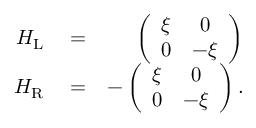
\begin{array} { r l r } { H _ { \mathrm { L } } } & { { } = } & { \left( \begin{array} { c c } { \xi } & { 0 } \\ { 0 } & { - \xi } \end{array} \right) } \\ { H _ { \mathrm { R } } } & { { } = } & { - \left( \begin{array} { c c } { \xi } & { 0 } \\ { 0 } & { - \xi } \end{array} \right) . } \end{array}